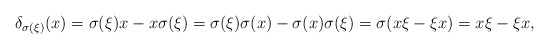
\begin{align*}\delta_{\sigma(\xi)}(x)=\sigma(\xi)x-x\sigma(\xi)=\sigma(\xi)\sigma(x)-\sigma(x)\sigma(\xi)=\sigma(x\xi-\xi x)=x\xi-\xi x,\end{align*}